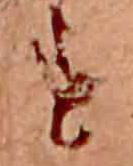
す